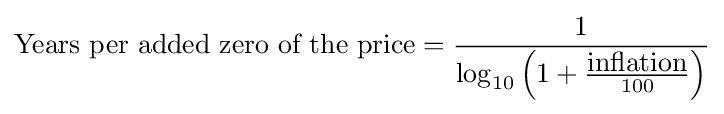
{\hbox{Years per added zero of the price}}={\frac {1}{\log _{10}\left(1+{\frac {\hbox{inflation}}{100}}\right)}}